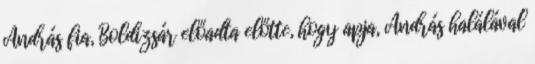
András fia, Boldizsár előadta előtte, hogy apja, András halálával